Sketch of the medical history of the native army of Bombay, for the year
Year: 1870
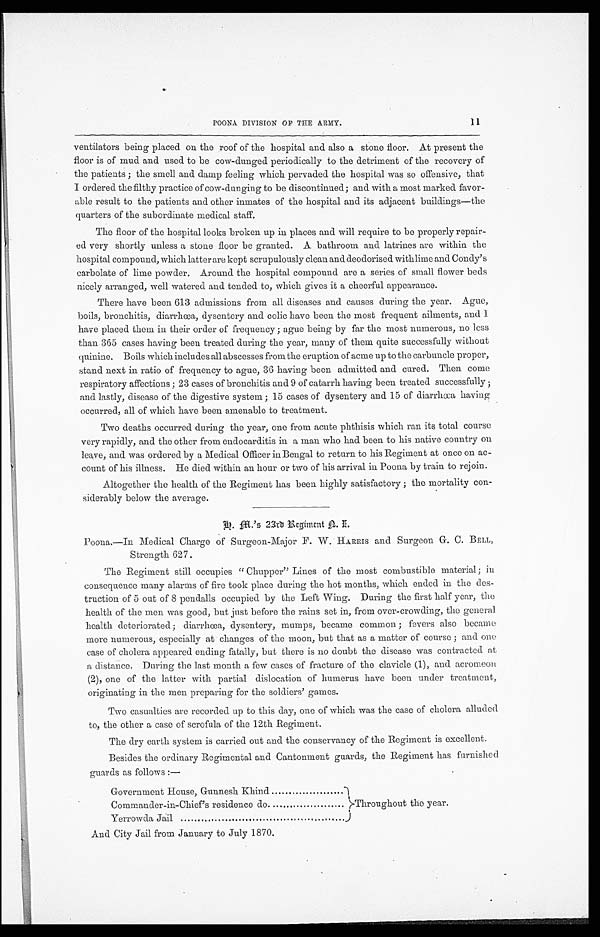
11
POONA DIVISION OF THE ARMY.
ventilators being placed on the roof of the hospital and also a stone floor. At present the
floor is of mud and used to be cow-dunged periodically to the detriment of the recovery of
the patients; the smell and damp feeling which pervaded the hospital was so offensive, that
I ordered the filthy practice of cow-dunging to be discontinued; and with a most marked favor
-able result to the patients and other inmates of the hospital and its adjacent buildings—the
quarters of the subordinate medical staff.
The floor of the hospital looks broken up in places and will require to be properly repair
-ed very shortly unless a stone floor be granted. A bathroom and latrines are within the
hospital compound, which latter are kept scrupulously clean and deodorised with lime and Condy's
carbolate of lime powder. Around the hospital compound are a series of small flower beds
nicely arranged, well watered and tended to, which gives it a cheerful appearance.
There have been 613 admissions from all diseases and causes during the year. Ague,
boils, bronchitis, diarrhœa, dysentery and colic have been the most frequent ailments, and I
have placed them in their order of frequency; ague being by far the most numerous, no less
than 365 cases having been treated during the year, many of them quite successfully without
quinine. Boils which includes all abscesses from the eruption of acme up to the carbuncle proper,
stand next in ratio of frequency to ague, 36 having been admitted and cured. Then come
respiratory affections; 23 cases of bronchitis and 9 of catarrh having been treated successfully;
and lastly, disease of the digestive system; 15 cases of dysentery and 15 of diarrhœa having
occurred, all of which have been amenable to treatment.
Two deaths occurred during the year, one from acute phthisis which ran its total course
very rapidly, and the other from endocarditis in a man who had been to his native country on
leave, and was ordered by a Medical Officer in Bengal to return to his Regiment at once on ac
- c o u n t o f h i s i l l n e s s . H e d i e d w i t h i n a n h o u r o r t w o o f h i s a r r i v a l i n P o o n a b y t r a i n t o r e j o i n .
Altogether the health of the Regiment has been highly satisfactory; the mortality con
-siderably below the average.
H. M.' s 23rd Regiment N. I.
Poona.—In Medical Charge of Surgeon-Major F. W. HARRIS and Surgeon G. C. BELL,
Strength 627.
The Regiment still occupies "Chupper" Lines of the most combustible material; in
consequence many alarms of fire took place during the hot months, which ended in the des
- t r u c t i o n o f 5 o u t o f 8 p e n d a l l s o c c u p i e d b y t h e L e f t W i n g . D u r i n g t h e f i r s t h a l f y e a r , t h e
health of the men was good, but just before the rains set in, from over-crowding, the general
health deteriorated; diarrhœa, dysentery, mumps, became common; fevers also became
more numerous, especially at changes of the moon, but that as a matter of course; and one
case of cholera appeared ending fatally, but there is no doubt the disease was contracted at
a distance. During the last month a few cases of fracture of the clavicle (1), and acromeon
(2), one of the latter with partial dislocation of humerus have been under treatment,
originating in the men preparing for the soldiers' games.
Two casualties are recorded up to this day, one of which was the case of cholera alluded
to, the other a case of scrofula of the 12th Regiment.
The dry earth system is carried out and the conservancy of the Regiment is excellent.
Besides the ordinary Regimental and Cantonment guards, the Regiment has furnished
guards as follows:—
Government House, Gunnesh Khind . . .
Throughout the year.
Commander-in-Chief's residence do . . .
Yerrowda Jail . . .
And City Jail from January to July 1870.